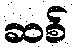
ဆစ်